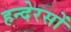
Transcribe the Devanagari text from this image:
हन्देरसों